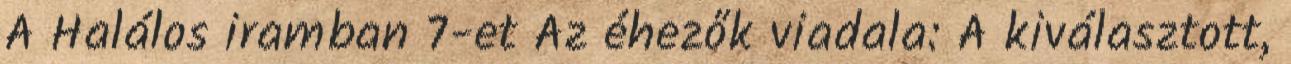
A Halálos iramban 7-et Az éhezők viadala: A kiválasztott,